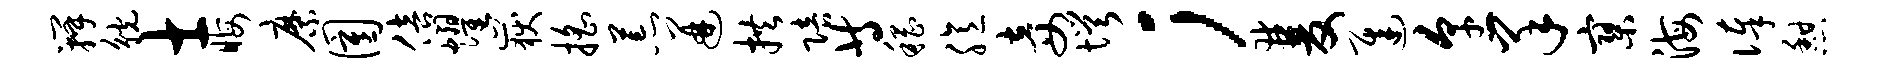
瓣觥士晦縻圉倍耀岳摇荒迸拱陪等稽臆妾愕；双迟烹羊寥海俸憩